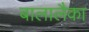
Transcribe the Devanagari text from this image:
बालालैका